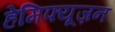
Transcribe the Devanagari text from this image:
हेमिफ्यूज़न